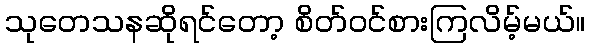
သုတေသနဆိုရင်တော့ စိတ်ဝင်စားကြလိမ့်မယ်။